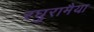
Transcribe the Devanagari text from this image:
रघुरामैया